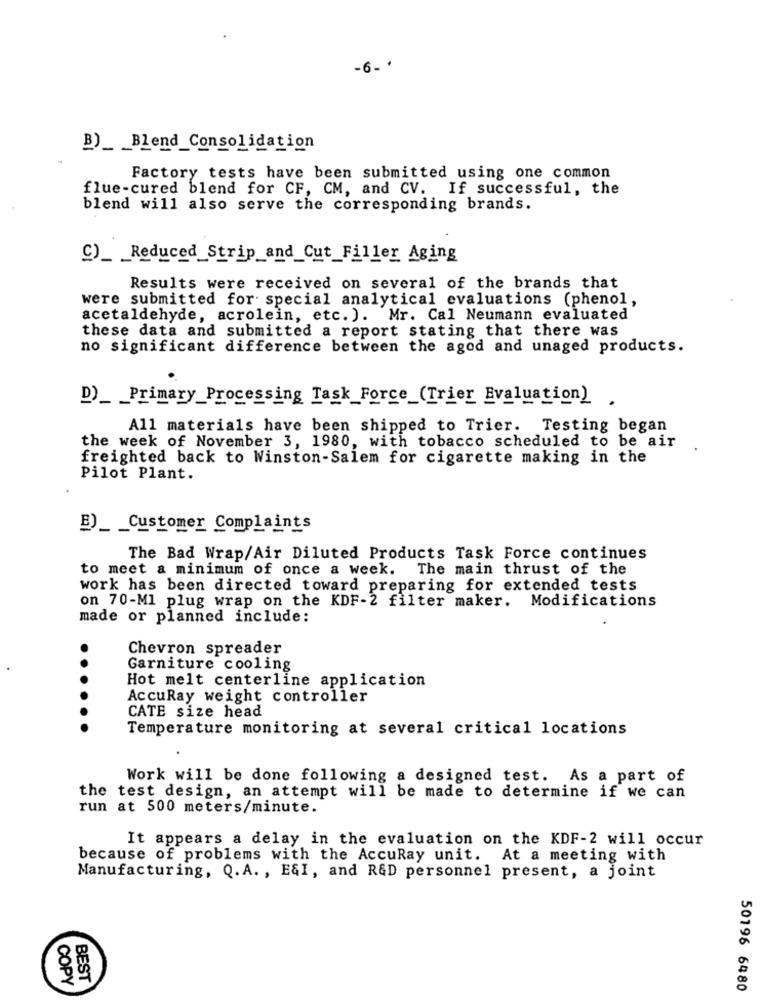
-6- ·
B)_ _ Blend_Consolidation
Factory tests have been submitted using one common
flue-cured blend for CF, CM, and CV. If successful, the
blend will also serve the corresponding brands.
C)_ _ Reduced_Strip_and_Cut_Filler Aging
Results were received on several of the brands that
were submitted for special analytical evaluations (phenol,
acetaldehyde, acrolein, etc. ). Mr. Cal Neumann evaluated
these data and submitted a report stating that there was
no significant difference between the aged and unaged products.
D)_ _ Primary_Processing Task Force_(Trier Evaluation)
All materials have been shipped to Trier. Testing began
the week of November 3, 1980, with tobacco scheduled to be air
freighted back to Winston-Salem for cigarette making in the
Pilot Plant.
B)_ _ Customer Complaints
The Bad Wrap/Air Diluted Products Task Force continues
to meet a minimum of once a week.
The main thrust of the
work has been directed toward preparing for extended tests
on 70-Ml plug wrap on the KDF-2 filter maker. Modifications
made or planned include:
Chevron spreader
Garniture cooling
Hot melt centerline application
AccuRay weight controller
CATE size head
Temperature monitoring at several critical locations
Work will be done following a designed test. As a part of
the test design, an attempt will be made to determine if we can
run at 500 meters/minute.
It appears a delay in the evaluation on the KDF-2 will occur
because of problems with the AccuRay unit. At a meeting with
Manufacturing, Q.A. , E&I, and R&D personnel present, a joint
COPY
BEST
50196 6480